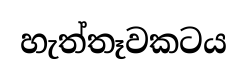
හැත්තෑවකටය